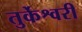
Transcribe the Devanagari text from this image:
तुर्केश्वरी